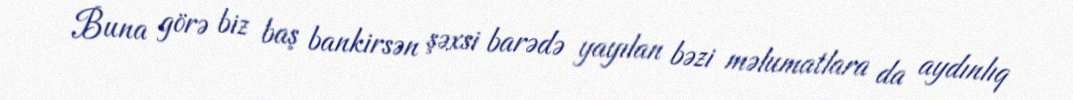
Buna görə biz baş bankirsən şəxsi barədə yayılan bəzi məlumatlara da aydınlıq